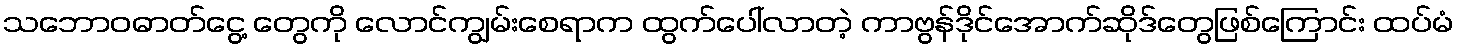
သဘောဝဓာတ်ငွေ့ တွေကို လောင်ကျွမ်းစေရာက ထွက်ပေါ်လာတဲ့ ကာဗွန်ဒိုင်အောက်ဆိုဒ်တွေဖြစ်ကြောင်း ထပ်မံ